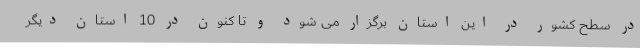
در سطح کشور در این استان برگزار می شود و تا کنون در 10 استان دیگر